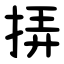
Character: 挵